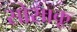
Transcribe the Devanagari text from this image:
सोसाकू